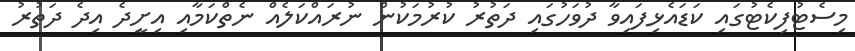
މިސެޓުފިކެޓުގައި ކަޑައެޅިފައިވާ ދުވަހުގައި ދަތުރު ކުރުމަކުން ނުރައްކަލެއް ނެތްކަމާއި އިށީދެ އިދެ ދަތުރު